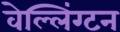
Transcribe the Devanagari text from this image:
वेल्लिंग्टन